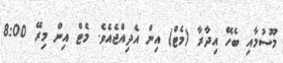
މޫސުމާއި ބެހޭ އިދާރާ (މެޓް) އިން އެދިއްޖެއެވެ. މެޓް އިން މިރޭ 8:00